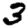
Digit: 3